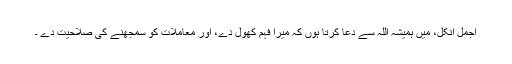
اجمل انکل، میں ہمیشہ اللہ سے دعا کرتا ہوں کہ میرا فہم کھول دے، اور معاملات کو سمجھنے کی صلاحیت دے ۔